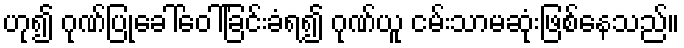
ဟု၍ ဂုဏ်ပြုခေါ်ဝေါ်ခြင်းခံရ၍ ဂုဏ်ယူ ငမ်းသာမဆုံးဖြစ်နေသည်။